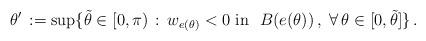
LaTeX: \begin{align*}\theta' \, :=\sup \{ \tilde{\theta} \in [0,\pi)\, :\, w_{e(\theta)}< 0\ \hbox{in }\ B(e(\theta))\, ,\ \forall\, \theta\in [0, \tilde{\theta}]\}\, .\end{align*}